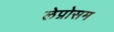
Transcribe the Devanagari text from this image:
लेप्रोसम